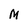
Character: M